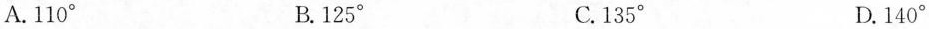
A.110°^ { \circ }B.125^ { \circ } C.135^ { \circ } D.140^ { \circ }